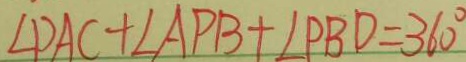
\angle D A C + \angle A P B + \angle P B D = 3 6 0 ^ { \circ }